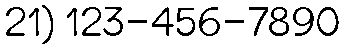
21) 123-456-7890